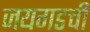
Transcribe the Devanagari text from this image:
जयगडची